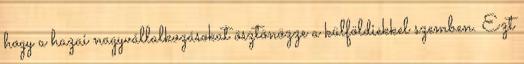
hogy a hazai nagyvállalkozásokat ösztönözze a külföldiekkel szemben. Ezt